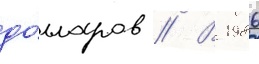
до́лларов // В 1986